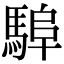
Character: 𩣸